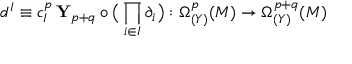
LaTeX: d ^ { I } \equiv c _ { I } ^ { p } \, { \mathbf Y } _ { p + q } \circ \big ( \prod _ { i \in I } \partial _ { i } \big ) : \Omega _ { ( Y ) } ^ { p } ( { \cal M } ) \rightarrow \Omega _ { ( Y ) } ^ { p + q } ( { \cal M } )